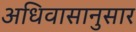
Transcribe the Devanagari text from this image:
अधिवासानुसार